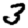
Digit: 3